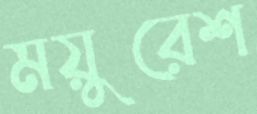
ময়ুরেশ